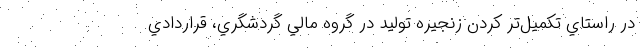
در راستاي تكميل‌تر کردن زنجيره توليد در گروه مالي گردشگري، قراردادي